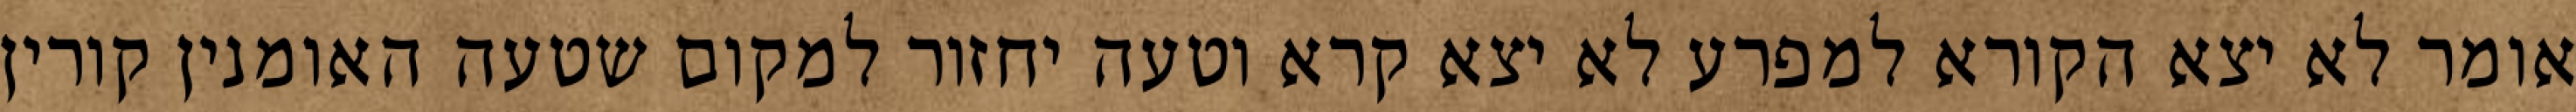
אומר לא יצא הקורא למפרע לא יצא קרא וטעה יחזור למקום שטעה האומנין קורין